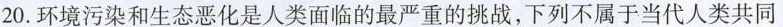
20.环境污染和生态恶化是人类面临的最严重的挑战，下列不属于当代人类共同面临的三大全球性环境问题的是()A.酸雨 B.温室效应 C.臭氧层破坏D.人口急剧增长